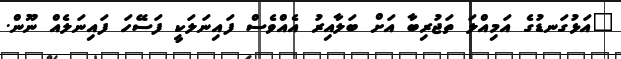
"އަޅުގަނޑުގެ އަމިއްލަ ތަޖުރިބާ އަށް ބަލާއިރު އެއްވެސް ފައިނަލަކީ ފަސޭހަ ފައިނަލެއް ނޫން.